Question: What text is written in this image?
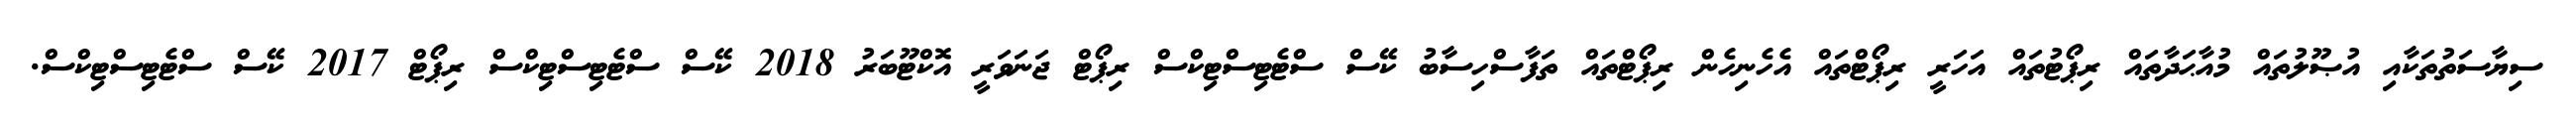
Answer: ސިޔާސަތުތަކާއި އުޞޫލުތައް މުއާޙަދާތައް ރިޕޯޓުތައް އަހަރީ ރިޕޯޓްތައް އެހެނިހެން ރިޕޯޓްތައް ތަފާސްހިސާބު ކޭސް ސްޓެޓިސްޓިކްސް ރިޕޯޓް ޖަނަވަރީ އޮކްޓޫބަރު 2018 ކޭސް ސްޓެޓިސްޓިކްސް ރިޕޯޓް 2017 ކޭސް ސްޓެޓިސްޓިކްސް.